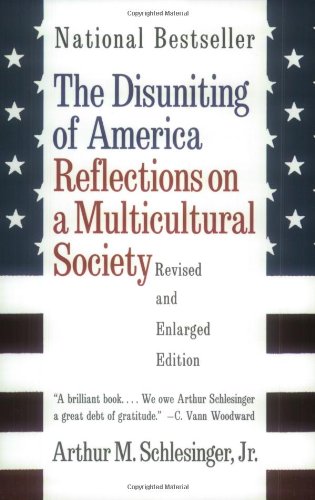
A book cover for The Disuniting of America: Reflections on a Multicultural Society (Revised and Enlarged Edition); Arthur Meier Schlesinger; Politics & Social Sciences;